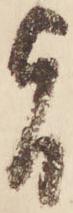
旨